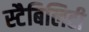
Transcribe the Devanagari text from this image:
स्टैबिलिटी